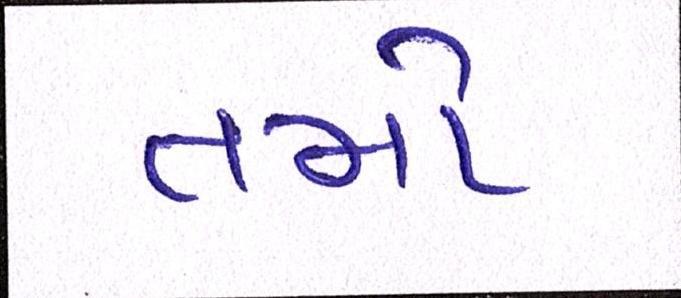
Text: તમો